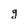
Character: g